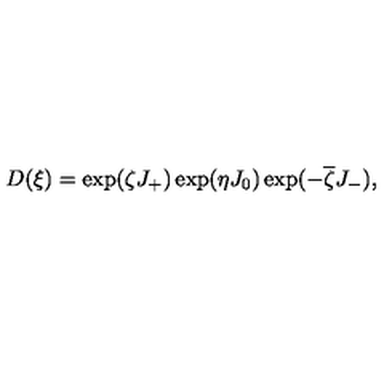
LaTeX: D ( \xi ) = \exp ( \zeta J _ { + } ) \exp ( \eta J _ { 0 } ) \exp ( - \overline { \zeta } J _ { - } ) ,